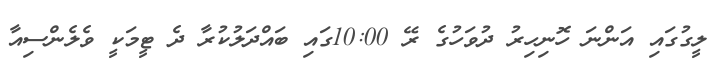
ލީގުގައި އަންނަ ހޮނިހިރު ދުވަހުގެ ރޭ 10:00ގައި ބައްދަލުކުރާ ދެ ޓީމަކީ ވެލެންސިއާ